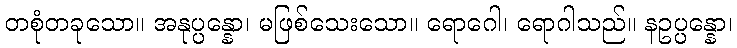
တစုံတခုသော။ အနုပ္ပန္နော၊ မဖြစ်သေးသော။ ရောဂေါ၊ ရောဂါသည်။ နဥပ္ပန္နော၊